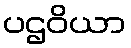
ပဌဝိယာ